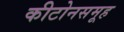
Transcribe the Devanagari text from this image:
कीटोनसमूह